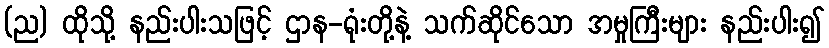
(ည) ထိုသို့ နည်းပါးသဖြင့် ဌာန-ရုံးတို့နဲ့ သက်ဆိုင်သော အမှုကြီးများ နည်းပါး၍